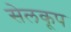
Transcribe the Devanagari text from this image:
सेलकूप